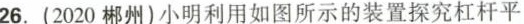
26.(2020郴州)小明利用如图所示的装置探究杠杆平